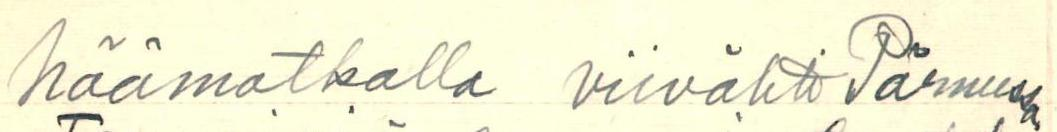
häämatkalla viivähti Pärnussa